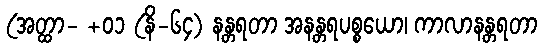
(အတ္ထာ- +၀၁ (နိ-၆၄) နန္တရတာ အနန္တရပစ္စယော၊ ကာလာနန္တရတာ